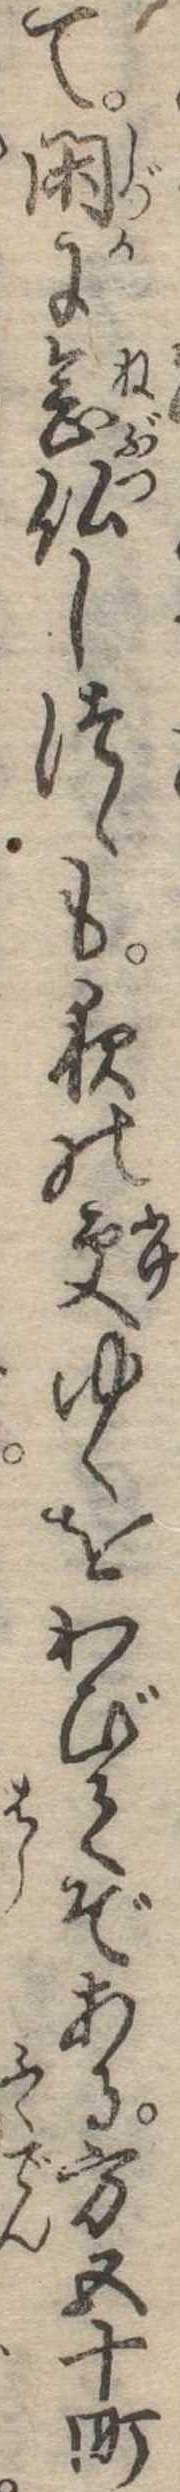
て閑に念仏しつゝも夜の更ゆくをわびてぞある方五十町